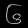
Digit: ၆